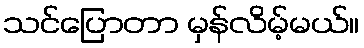
သင်ပြောတာ မှန်လိမ့်မယ်။